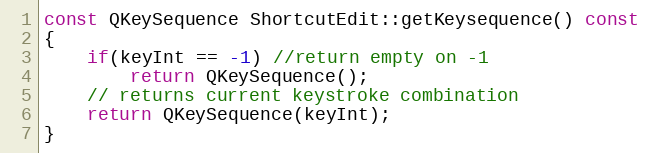
Language: C++
const QKeySequence ShortcutEdit::getKeysequence() const
{
    if(keyInt == -1) //return empty on -1
        return QKeySequence();
    // returns current keystroke combination
    return QKeySequence(keyInt);
}